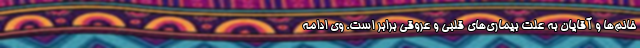
خانم‌ها و آقایان به علت بیماری‌های قلبی و عروقی برابر است. وی ادامه